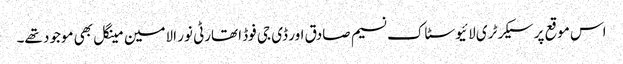
اس موقع پر سیکرٹری لائیو سٹاک نسیم صادق اور ڈی جی فوڈ اتھارٹی نور الامین مینگل بھی موجود تھے۔